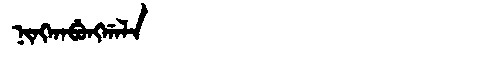
Manchu: ᠨᡳᠩᡴᠠᠪᡠᠩᡤᠠᠯᠠ
Romanization: NINGKABUNGGALA